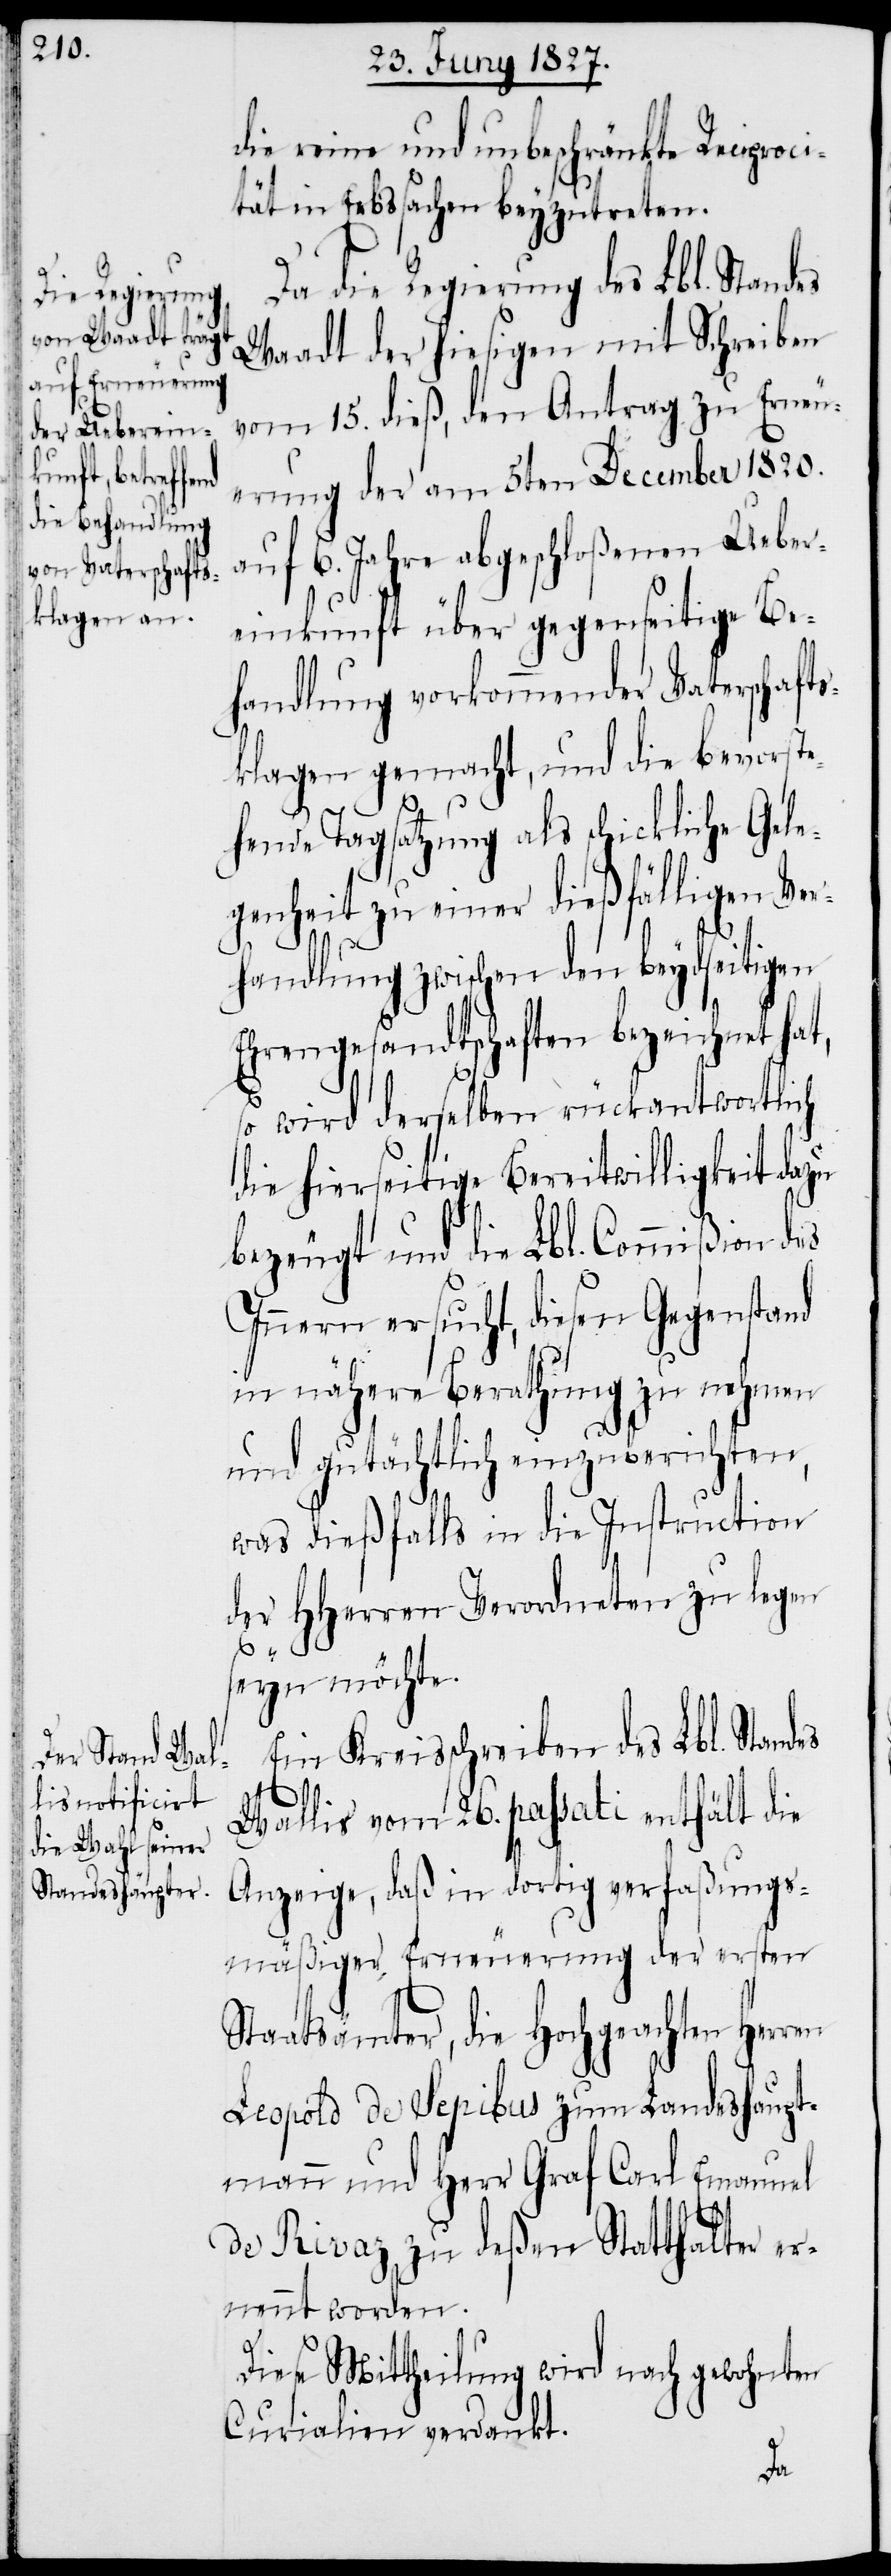
die reine und unbeschränkte Reciproci¬
tät in Erbssachen beyzutreten.
Da die Regierung des Lbl. Stan¬
Waadt der hierseitigen mit Schreiben
vom 15. dieß, den Antrag zu Erneu¬
erung der am 5ten December 1820.
auf 6. Jahre abgeschloßenen Ueber¬
einkunft über gegenseitige Be¬
handlung vorkommender Vaterschafts¬
klagen gemacht, und die bevorste¬
ren
hende Tagsatzung als schickliche Gele¬
genheit zu einer dießfälligen Ver¬
handlung zwischen den beydseitigen
Ehrengesandtschaften bezeichnet hat,
so wird derselben rückantwortlich
die hierseitige Bereitwilligkeit dazu
bezeugt und die Lbl. Commißion des
Innern ersucht, diesen Gegenstand
in nähere Berathung zu nehmen
und gutächtlich einzuberichten,
was dießfalls in die Instruction
der HHerren Verordneten zu legen
seyn möchte.
Ein Kreisschreiben des Lbl. Standes
Wallis vom 26. passati enthält die
Anzeige, daß in dortig verfaßungs¬
mäßiger Erneuerung der ersten
Staatsämter, die Hochgeachten Her¬
Leopold de Sepibus zum Landeshaupt¬
mann und Herr Graf Carl Emanuel
de Rivaz zu deßen Statthalter er¬
nennt worden.
Diese Mittheilung wird nach gewohnten
Curialien verdankt.